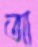
আ